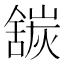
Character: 𬜍